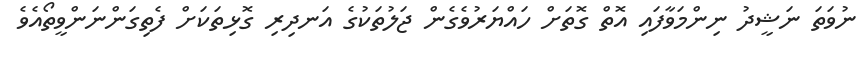
ނުވަތަ ނަޝީދު ނިންމަވާފައި އޮތް ގޮތަށް ހައްޔަރުވެގެން ޖަލުތަކުގެ އަނދިރި ގޮޅިތަކަށް ފެތިގަންނަންވީތޯއެވެ